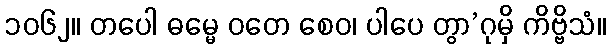
၁၀၆၂။ တပေါ ဓမ္မေ ဝတေ စေဝ၊ ပါပေ တွာ’ဂုမှိ ကိဗ္ဗိသံ။